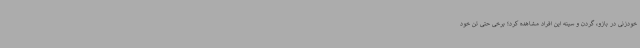
خودزنی در بازو، گردن و سینه این افراد مشاهده کرد؛ برخی حتی تن خود